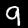
Label: 9